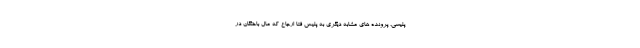
پلیسی، پرونده های مشابه دیگری به پلیس فتا ارجاع که مال باختگان در